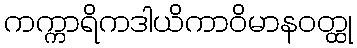
ကက္ကာရိကဒါယိကာဝိမာနဝတ္ထု